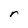
Character: r